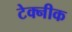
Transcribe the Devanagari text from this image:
टेक्नीक